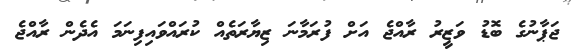
ޖަޕާނުގެ ބޮޑު ވަޒީރު ރާއްޖެ އަށް ފުރަމާނަ ޒިޔާރަތެއް ކުރައްވައިފިނަމަ އެދެން ރާއްޖެ